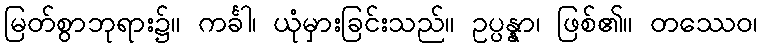
မြတ်စွာဘုရား၌။ ကင်္ခါ၊ ယုံမှားခြင်းသည်။ ဥပ္ပန္နာ၊ ဖြစ်၏။ တဿေဝ၊